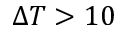
\Delta T > 1 0